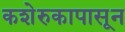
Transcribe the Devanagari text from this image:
कशेरुकापासून